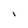
Character: I